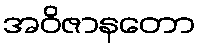
အဝိဇာနတော